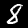
Label: 8